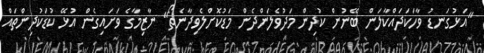
"އަޅުގަނޑު ވާހަކަދައްކާލަން ބޭނުން ކުދިން މަދުވެލަންދެން މަޑުކޮށްލެވިދާނެތޯ" ނާޒިމާގެ ވަށައިގެން އުޅޭ ކުޑަކުދިންތައް